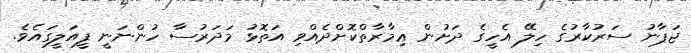
ޖަޕާނު ސަރުކާރުގެ ހިލޭ އެހީގެ ދަށުން ޢިމާރާތްކޮށްދެއްވި އަތޮޅު މަދަރުސާ ހުންނަނީ ފީއަލީގައެވެ.